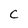
Character: C